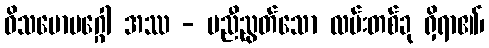
ဝိသမောမဂ္ဂေါ အဿ - မညီညွတ်သော လမ်းတစ်ခု ရှိရာ၏၊